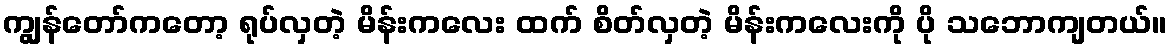
ကျွန်တော်ကတော့ ရုပ်လှတဲ့ မိန်းကလေး ထက် စိတ်လှတဲ့ မိန်းကလေးကို ပို သဘောကျတယ်။